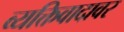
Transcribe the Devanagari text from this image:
व्यक्तिवादावर